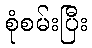
စုံစမ်းပြီး